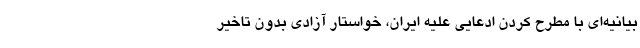
بیانیه‌ای با مطرح کردن ادعایی علیه ایران، خواستار آزادی بدون تاخیر